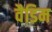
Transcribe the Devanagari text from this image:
वैडिम